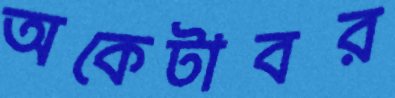
অকেটাবর